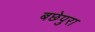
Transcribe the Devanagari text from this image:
बछेपुरा